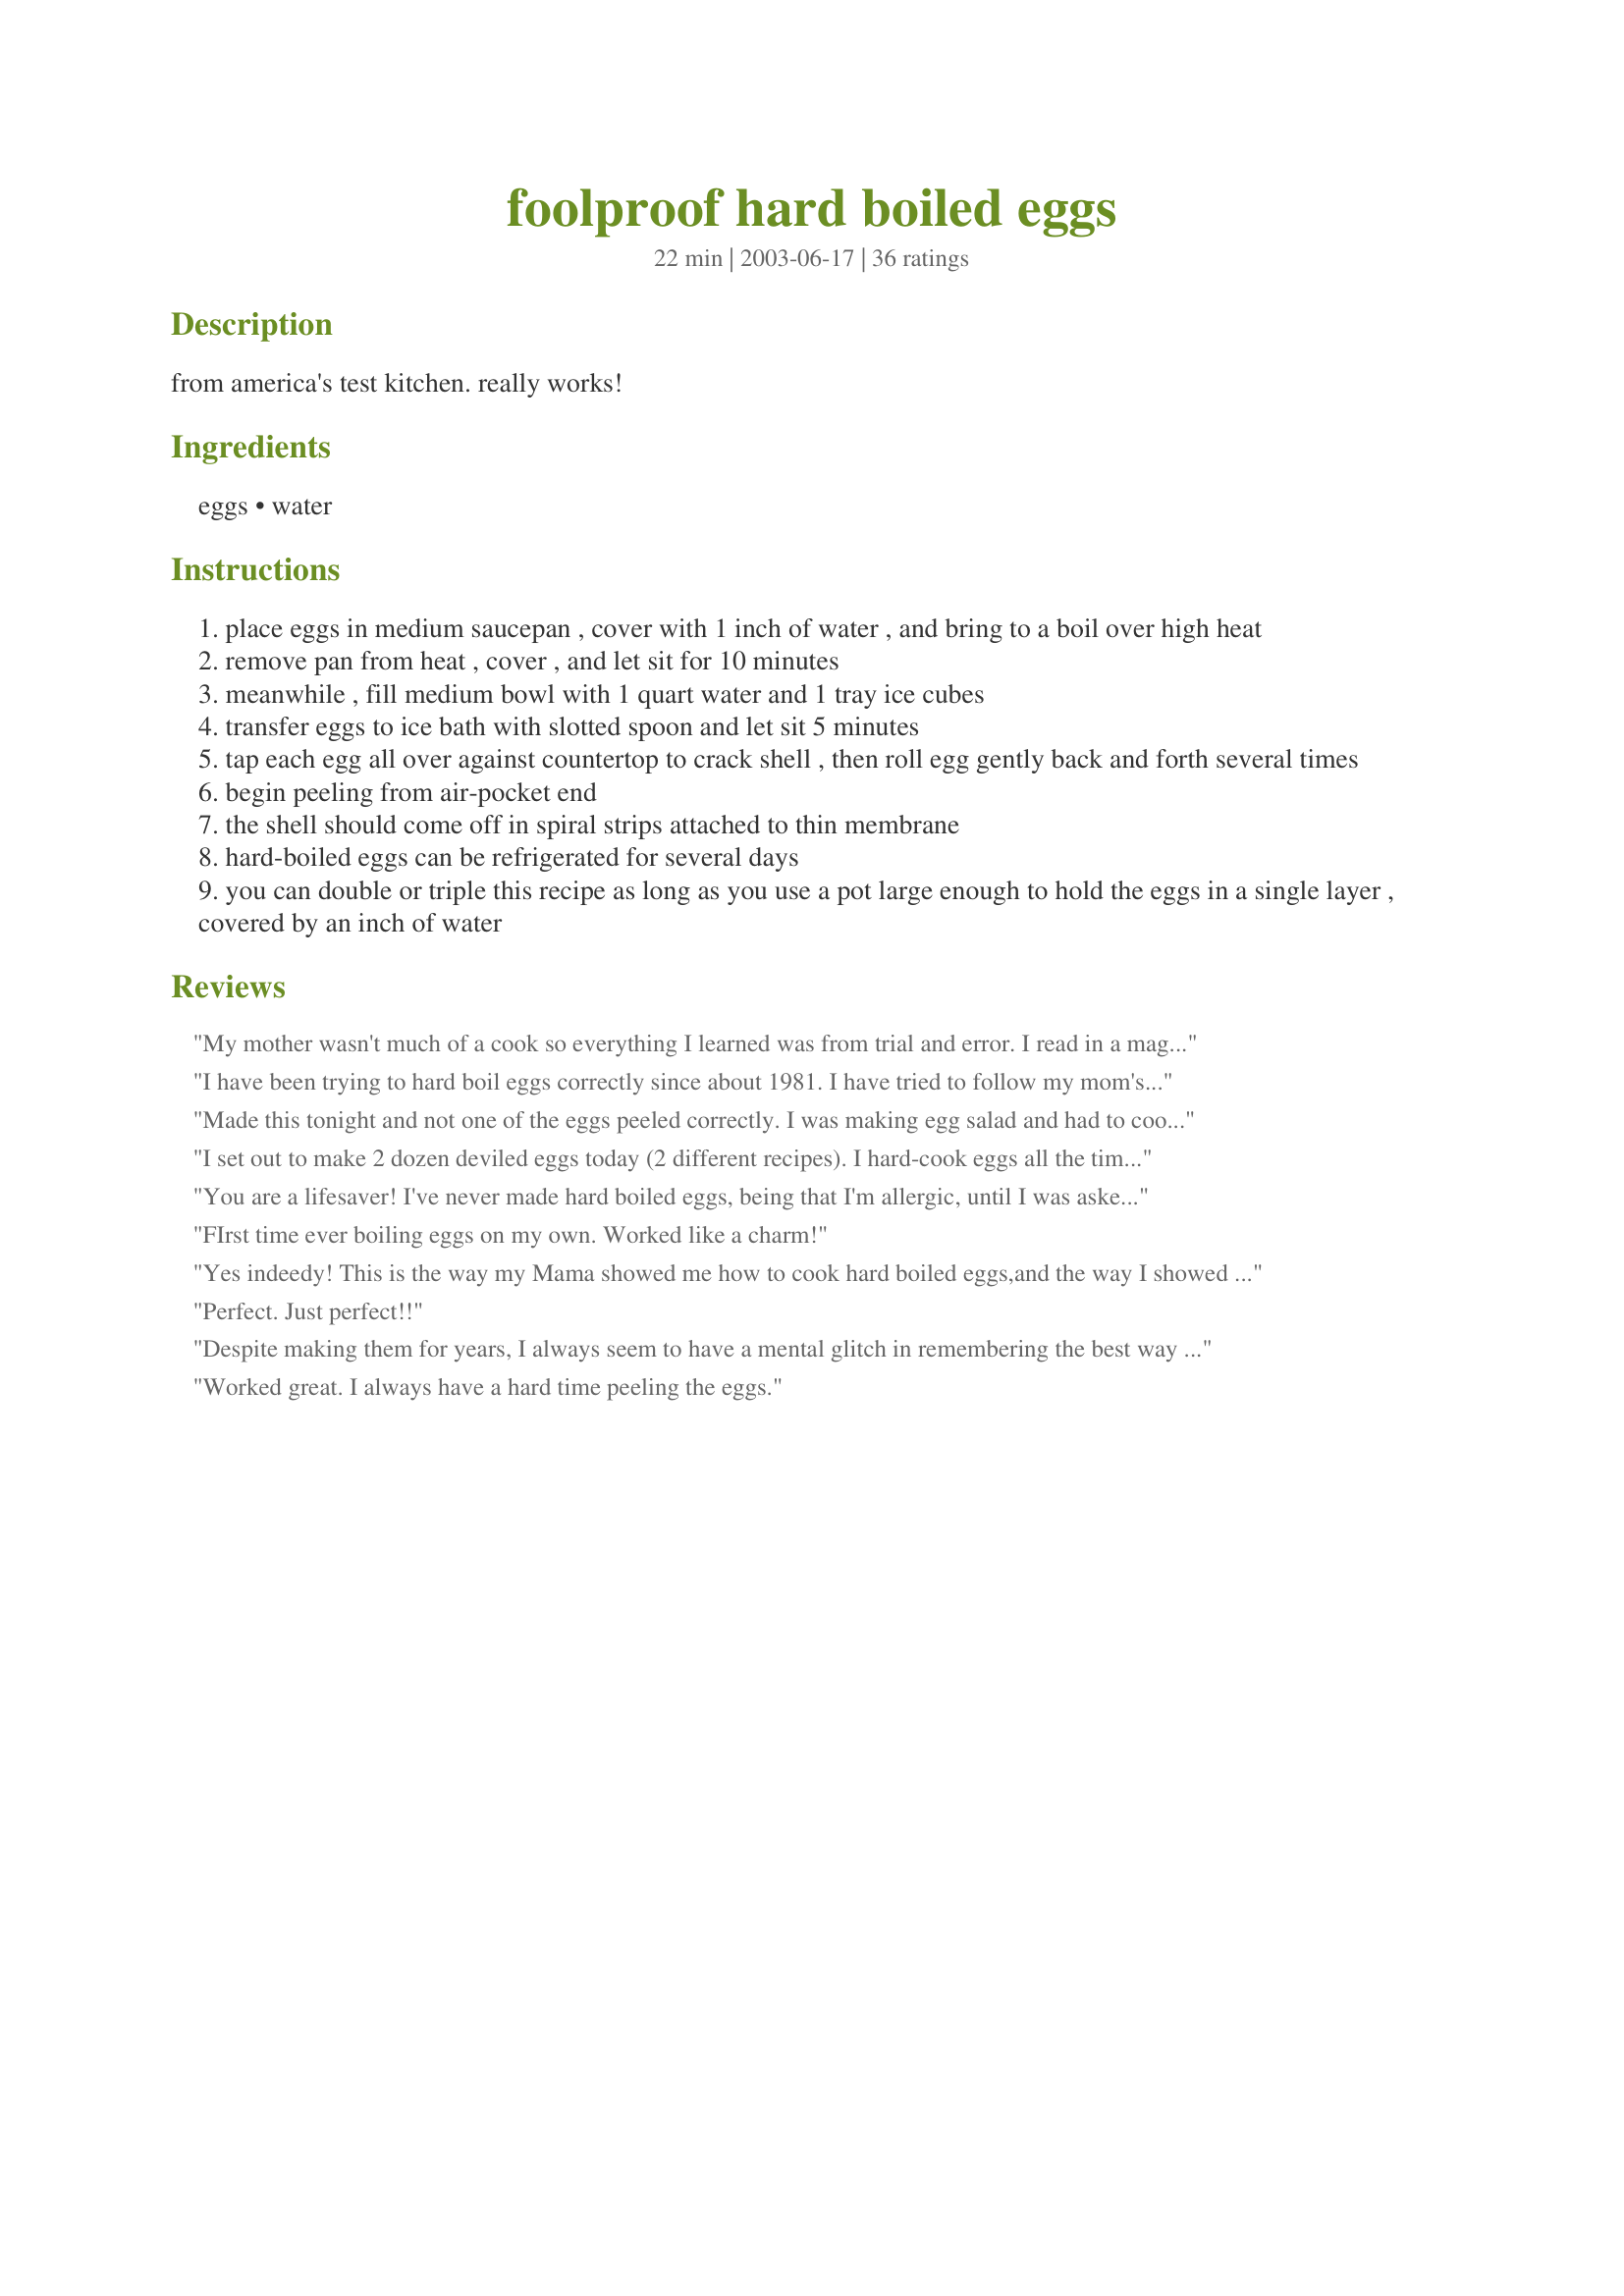
foolproof hard boiled eggs
Preparation time: 22 minutes

from america's test kitchen. really works!

Ingredients:
eggs, water

Steps:
place eggs in medium saucepan , cover with 1 inch of water , and bring to a boil over high heat
remove pan from heat , cover , and let sit for 10 minutes
meanwhile , fill medium bowl with 1 quart water and 1 tray ice cubes
transfer eggs to ice bath with slotted spoon and let sit 5 minutes
tap each egg all over against countertop to crack shell , then roll egg gently back and forth several times
begin peeling from air-pocket end
the shell should come off in spiral strips attached to thin membrane
hard-boiled eggs can be refrigerated for several days
you can double or triple this recipe as long as you use a pot large enough to hold the eggs in a single layer , covered by an inch of water

Reviews:
My mother wasn't much of a cook so everything I learned was from trial and error. I read in a magazine many moons ago about how this is the way you can cook eggs. It is full proof. No worries about watching the stove or your eggs breaking. It is a fantastic kitchen tool to know.
I have been trying to hard boil eggs correctly since about 1981. I have tried to follow my mom's recipe, to no avail. I can never peel them, or they crack during the boiling processes. This is perfect!
Made this tonight and not one of the eggs peeled correctly. I was making egg salad and had to cook more eggs just to get the appropriate yield. This is usually how I make hard-boiled eggs and it literally is a flip of the coin whether they will peel properly or not. I have tried Ina Garten's and it works sometimes. I have also followed other chefs, bloggers, casual cooks, and I have yet to find a method that works consistently. So very frustrating. I am ranking it 4 out of 5 because most everyone seems to be able to do it except for me. I cook all the time and have never had anything so frustrating in the kitchen.
I set out to make 2 dozen deviled eggs today (2 different recipes). I hard-cook eggs all the time, but for some reason the first dozen today wouldn't peel. It took me 40 minutes to get all 12 peeled, only to cut them open & see they didn't even cook all the way! I was also making 3 other new recipes & didn't have time to go through that again. I threw those eggs out, looked up your recipe & used it for the next 2 dozen I boiled. You are a lifesaver! This technique worked like a charm & I am forever grateful. :) I used this recipe for my traditional deviled eggs recipe as well as recipe #381093. Thanks for sharing, Kimke!
You are a lifesaver! I've never made hard boiled eggs, being that I'm allergic, until I was asked to bring deviled eggs to a potluck. This made it so easy. Awesome!
FIrst time ever boiling eggs on my own. Worked like a charm!
Yes indeedy! This is the way my Mama showed me how to cook hard boiled eggs,and the way I showed all my kids, who I am pretty certain will in turn show their kids. Fool proof and definitely easy! Great idea, Kimke, to post such a practical and helpful technique.
Perfect. Just perfect!!
Despite making them for years, I always seem to have a mental glitch in remembering the best way to make hard-boiled eggs!! I made these last night to add to a potato salad & they turned out beautifully!! So glad I know where to come when my brain glitches again next time... :) Thanks!!
Worked great. I always have a hard time peeling the eggs.
Awesome!!! Some of the best boiled eggs ever! I haven't made boiled eggs since getting married, and my husbands mother apparently always overcooked them. This was the first time he has willingly eaten eggs!!!
The heating technique is good. I suggest this peeling technique.&lt;br/&gt;&lt;br/&gt;Before cooking, peck a tiny hole through the shell at the large end of the egg. This lets air out during the heating, and allows water to enter during cooling.&lt;br/&gt;&lt;br/&gt;Transfer the cooked eggs to a bowl of cold water, but you don&#039;t need ice. While hot but able to be handled, crack the shell at the large end of each egg and let cool further in the water.&lt;br/&gt;&lt;br/&gt;To peel, peel off some shell at the large end. Then, use a tablespoon to slip under the shell, matching the curve of the spoon to the curve of the shell. Push off sections of shell using the spoon. The shell will come off without many small bits.&lt;br/&gt;&lt;br/&gt;This works easily even if the egg is a bit stuck to the shell, because you are separating them with the spoon rather than pulling the shell away.&lt;br/&gt;&lt;br/&gt;EasyOpinions.blogspot.com
I have been using this method for quite a while now. I leave mine sit for longer on the burner if I am using large or extra large eggs. Aside from that I follow the instructions and they come out perfectly.
Easy, easy, easy...and REALLY does work! I actually put my dozen eggs in a pan and covered with water as directed, let come to a boil, covered and turned off the burner...then went and took a quick shower. (hows that for multi-tasking!) When I came back in the kitchen, I continued on and the eggs came out perfectly and were very easy to peel. Thanks for posting Kimke!
This recipe was most certainly NOT foolproof for me. I prepared 7 eggs, all of which had to go into the garbage because even the whites were undercooked. I did everything EXACTLY as directed, and I had dark yellow undercooked yolks and runny whites. I had to throw all of them out. Sorry, but this did not work for me at all.
I made 4 eggs and they were perfect! After the water came to a boil I covered and let them set 15 minutes. The white was soft and not rubbery and the yolk was creamy. I did get the spiral effect when peeling a couple eggs and the others started the spiral but lost the end. When I peel eggs they are horrible with big pieces of white taken off with the peel but I was very happy with these eggs. Used Eggland's Best eggs and made Recipe #160194 by Chef Dee.
I don't eat hard-boiled eggs. I don't eat egg salad. I don't eat anything that has ever required me to cook a hard-boiled egg. I don't have kids so I don't color eggs at easter. What I am getting at is I had no clue how to cook these babies. I wound up needed 3 hard-boiled eggs for a recipe dare so I tried your method. It really worked. Thanks for teaching a rookie the easiest way to cook them!
After all these years I've finally found the best way to hard boil eggs. I think the secret is the ice water. Thanks so much!
Thank you, Thank you, Thank you! Making hard-boiled eggs is something that I feel like I should know how to do, but I don't. Every time I make them I wind up cracking the shells while they are cooking, but not this time! I used this recipe for cooking eggs for dying Easter Eggs. They turned out perfectly.
This is truly fool prood- I used small eggs because I was using them in a salad-they were cooked perfectly and even more impotant they peeled perfectly
I usually swear by America's Test Kitchen, but this one didn't work for me at all. The eggs were impossible to peel, and weren't completely cooked.
No matter what I did,a little vinegar, a little salt, etc. I could never get my eggs to peel without the white part sticking to the shell. They always looked awful... so I thought I would look on the zaar and behold... I came upon Foolproof hard-boiled eggs and now my eggs are beautiful, just beautiful... every time!!!
I can pretty much bake anything people ask me to, and when I realized that I had no idea how to boil an egg, I came to recipeezaar. And I must say, this recipe was fabulous for a beginner, quick, easy, and they turned out perfectly, even the shell came off great! Thanks!
I feel like I'm a fairly experienced cook but sometimes seemingly simple things like hard cooking eggs eludes me. Since I have been using this method I have always had perfect eggs. Thanks to Cook's Illustrated/ATK and thank you Kimke for posting this! :)
It worked for me. . .all of them cracked perfectly! Thanks for a keeper of a recipe!
I USE RECIPE, How to Boiled Eggs 101, IT IS A 5 == STARS
I followed these instructions exactly. The end product was an uncooked yolk and slimy egg white.
This recipe works out fine. I don't use 12 minutes as a gauge. The key to peeling the eggs used to immediately dump the hot water and place ice water on top of the eggs and let them sit for a minute or two. that lets the eggs draw away from the shell and they are very easy to peel.
Worked great! Thanks!
Worked well. I am taking 1 star off for the peeling portion of the directions... this did not work for me like it stated. However the cooking/sitting time for this recipe is right on!
I followed the directions to the letter, and my eggs tasted delicious, but the shell was so hard to take off. Perhaps it was the eggs I was using? 

Perfect! Thanks for taking the time to post these instructions...I can never remember how to do these right.
Fool tested and fool approved!!!
They came out perfectly smooth
and fully cooked.

At long last, perfect hard boiled eggs!!!
The is absolutely the best technique I have tried. It is fool-proof! Perfect hard boiled eggs every single time.
i've been cooking longer than i care to admit,and i've never been able to boil an egg without being green yolked or not done at all.this was so easy.ty again
